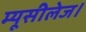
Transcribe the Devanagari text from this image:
म्यूसीलेज।